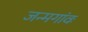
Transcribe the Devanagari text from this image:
जन्मगांवः